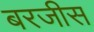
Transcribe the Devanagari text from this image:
बरजीस